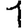
Digit: 1